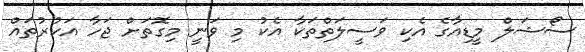
ސޯޝަލް މީޑިއާގެ އެކި ވަސީލަތްތަކާ އެކު މި ވަނީ މިގޮތަށް ޖަހާ އަކުރުތައް